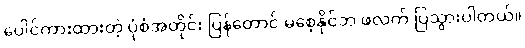
ပေါင်ကားထားတဲ့ ပုံစံအတိုင်း ပြန်တောင် မစေ့နိုင်ဘဲ ဖလက် ပြသွားပါတယ်။